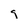
Character: g